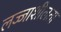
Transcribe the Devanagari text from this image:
लज्जाशीलता